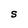
Character: S